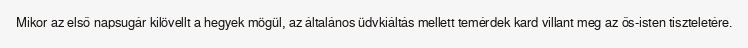
Mikor az első napsugár kilövellt a hegyek mögül, az általános üdvkiáltás mellett temérdek kard villant meg az ős-isten tiszteletére.